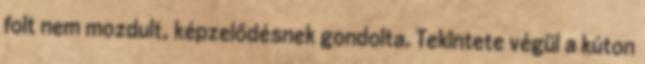
folt nem mozdult, képzelődésnek gondolta. Tekintete végül a kúton